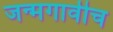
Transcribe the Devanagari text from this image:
जन्मगावीच